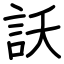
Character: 訞